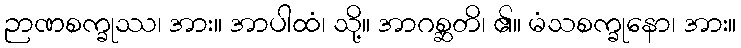
ဉာဏစက္ခုဿ၊ အား။ အာပါထံ၊ သို့။ အာဂစ္ဆတိ၊ ၏။ မံသစက္ခုနော၊ အား။